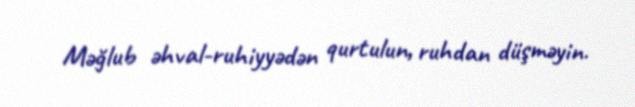
Məğlub əhval-ruhiyyədən qurtulun, ruhdan düşməyin.